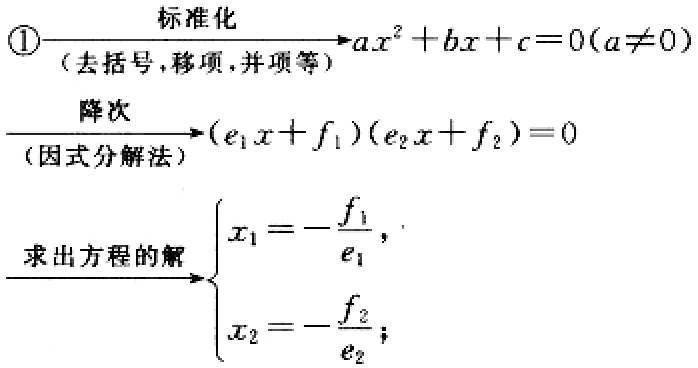
\[

\begin{align*}

\textcircled{1}&\xrightarrow[\text{(去括号，移项，并项等)}]{\text{标准化}}ax^{2}+bx + c = 0(a\neq0)\\

&\xrightarrow[\text{(因式分解法)}]{\text{降次}}(e_1x + f_1)(e_2x + f_2)=0\\

&\text{求出方程的解}\begin{cases}

x_1=-\frac{f_1}{e_1},\\

x_2=-\frac{f_2}{e_2};

\end{cases}

\end{align*}

\]